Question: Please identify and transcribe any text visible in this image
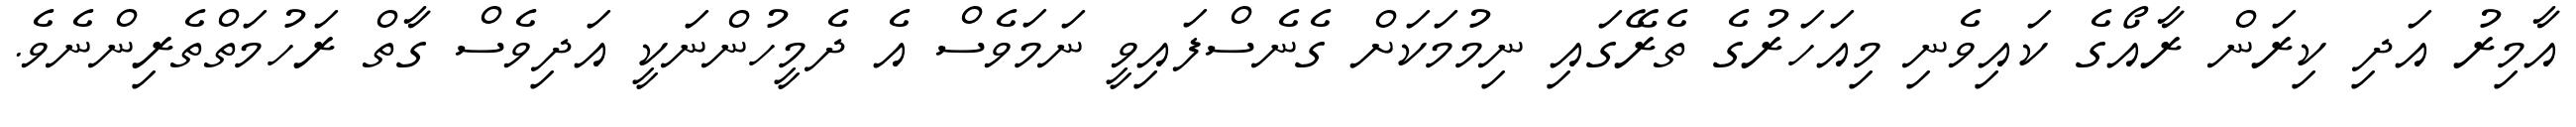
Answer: އާމިރު އަދި ކިރަން ރާއޯގެ ކައިވެނި މިއަހަރުގެ ތެރޭގައި ނިމުމަކަށް ގެނެސްފައިވީ ނަމަވެސް އެ ދެމީހުންނަކީ އަދިވެސް ގާތް ރަހުމަތްތެރިންނެވެ.